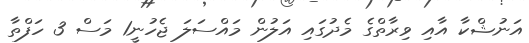
އަނުޝްކާ އާއި ވިރާތްގެ މެދުގައި އަލުން މައްސަލަ ޖެހުނީ1 މަސް 3 ހަފްތާ